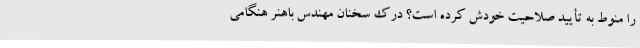
را منوط به تأیید صلاحیت خودش کرده است؟ درک سخنان مهندس باهنر هنگامی